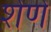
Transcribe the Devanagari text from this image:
शेणे